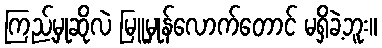
ကြည့်မှုဆိုလဲ မြူမှုန်လောက်တောင် မရှိခဲ့ဘူး။